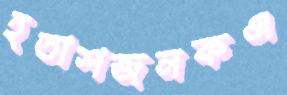
হতাশজনকএ